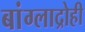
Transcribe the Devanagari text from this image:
बांग्लाद्रोही